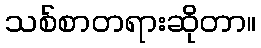
သစ်စာတရားဆိုတာ။